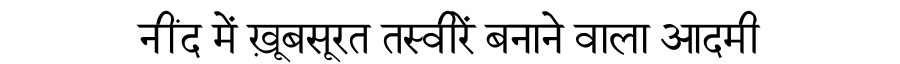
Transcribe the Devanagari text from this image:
नींद में ख़ूबसूरत तस्वीरें बनाने वाला आदमी